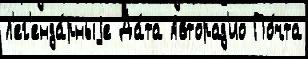
Л'ег'енда́рныjе Да́та Авторад'ио По́чта